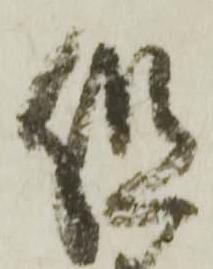
組